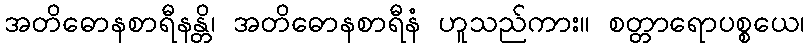
အတိဓောနစာရီနန္တိ၊ အတိဓောနစာရီနံ ဟူသည်ကား။ စတ္တာရောပစ္စယေ၊